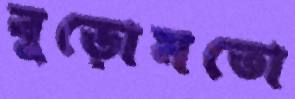
বুড়োমতো